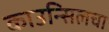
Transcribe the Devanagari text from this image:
काउन्सिलचा